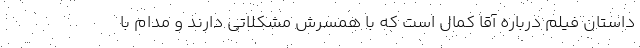
داستان فیلم درباره آقا کمال است که با همسرش مشکلاتی دارند و مدام با